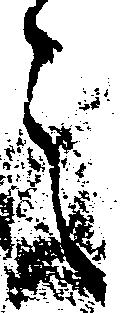
之